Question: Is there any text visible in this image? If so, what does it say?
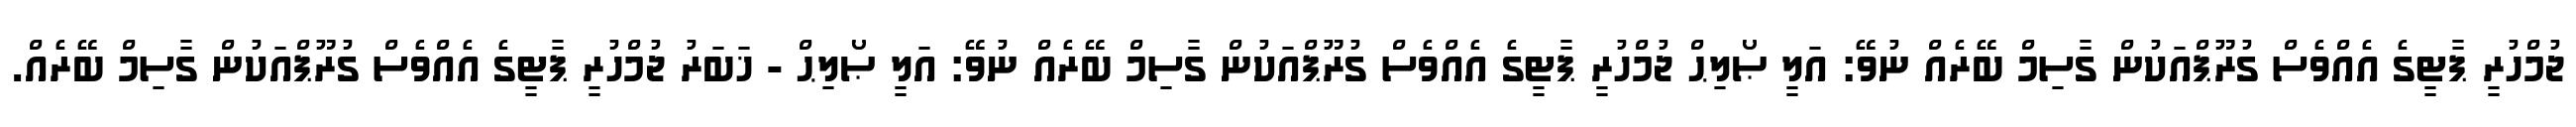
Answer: ޖުމްހުރީ ޕާޓީގެ އެއްވެސް ގުރޫޕްއަކުން ގާސިމް ބޭރެއް ނުވޭ: އަލީ ޞޯލިޙް ޖުމްހުރީ ޕާޓީގެ އެއްވެސް ގުރޫޕްއަކުން ގާސިމް ބޭރެއް ނުވޭ: އަލީ ޞޯލިޙް - ޚަބަރު ޖުމްހުރީ ޕާޓީގެ އެއްވެސް ގުރޫޕްއަކުން ގާސިމް ބޭރެއް.